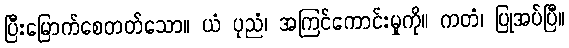
ပြီးမြောက်စေတတ်သော။ ယံ ပုညံ၊ အကြင်ကောင်းမှုကို။ ကတံ၊ ပြုအပ်ပြီ။